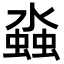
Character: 𬠤